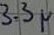
Text: 3.3µ